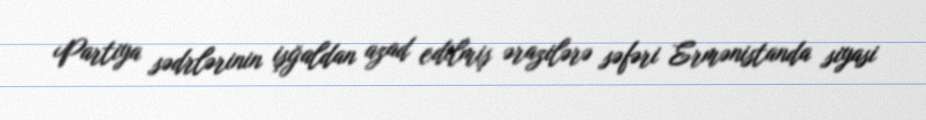
Partiya sədrlərinin işğaldan azad edilmiş ərazilərə səfəri Ermənistanda siyasi